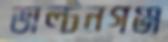
ডাল্টনগঞ্জ